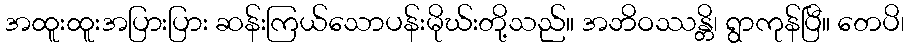
အထူးထူးအပြားပြား ဆန်းကြယ်သောပန်းမိုဃ်းတို့သည်။ အဘိဝဿန္တိ၊ ရွာကုန်ပြီ။ တေပိ၊